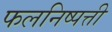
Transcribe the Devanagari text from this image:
फलनिष्पत्ती